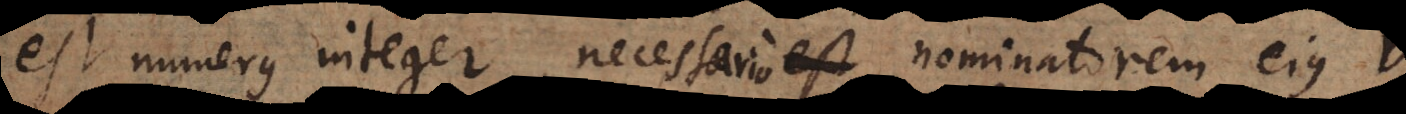
est numerus integer, necessario nominatorem ejus